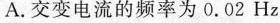
A.交变电流的频率为0.02Hz